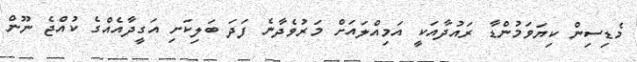
މެޑިސިން ކިޔަވަމުންޑާ ރައުދާއަކީ އަމިއްލައަށް މަރުވެދާނެ ފަދަ ބަލިކަށި އަގީދާއެއްގެ ކުއްޖެ ނޫން